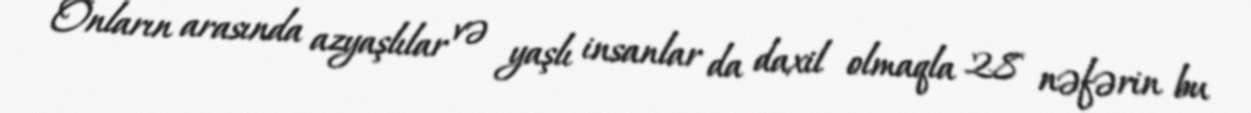
Onların arasında azyaşlılar və yaşlı insanlar da daxil olmaqla 28 nəfərin bu